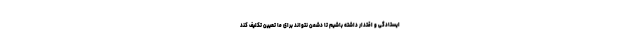
ایستادگی و اقتدار داشته باشیم تا دشمن نتواند برای ما تعیین تکلیف کند